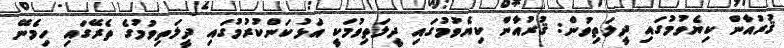
ޤުރުއާން ކިޔެވުމުގައި ދީލަތިވުން: ޤުރުއާން ކިޔެވުމުގައި ދީލަތިވުމަކީ އަޅުކަންކުރުމުގައި ދީލަތިވުމުގެ ތެރޭގައި ހިމެނޭ